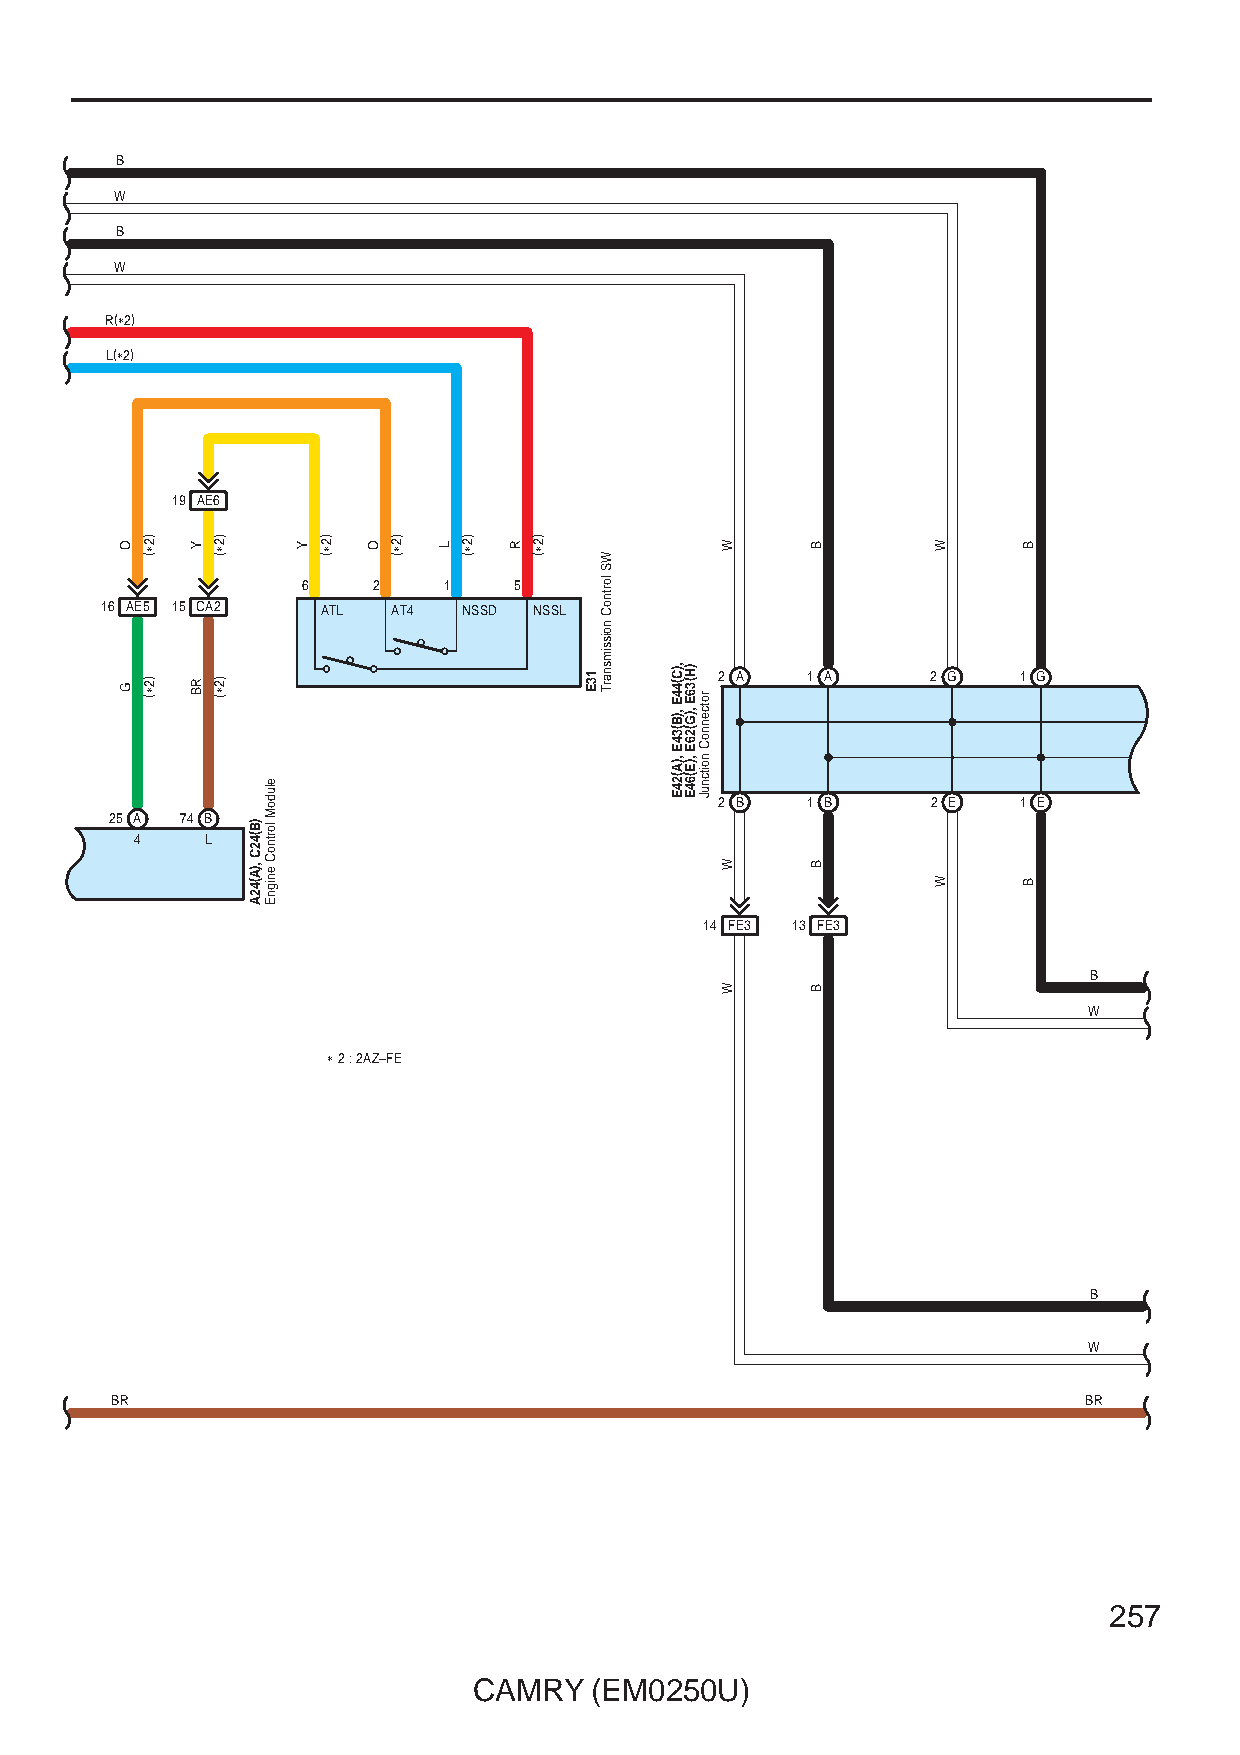
B
 W
 B
 W
 R(∗2)
 L(∗2)
 19 AE6
 6    2   1    5
 16 AE5 15 CA2 ATL  AT4  NSSD NSSL
 2 A  1 A      2 G  1 G
 2 B  1 B      2 E  1 E
 25 A 74 B
 4    L
 14 FE3 13 FE3
 B
 W
 ∗ 2 : 2AZ–FE
 B
 W
 BR                                                               BR
 257
 CAMRY   (EM0250U)
 O
 G
 )2∗(
 )2∗(
 Y
 RB
 )2∗(
 )2∗(
 )B(42C
 ,)A(42A
 eludoM
 lortnoC
 enignE
 Y )2∗( O )2∗( L )2∗( R )2∗(
 13E
 WS
 lortnoC
 noissimsnarT
 ,)C(44E
 ,)B(34E
 ,)A(24E
 )H(36E
 ,)G(26E
 ,)E(64E
 rotcennoC
 noitcnuJ
 W
 W
 W
 B
 B
 B
 W
 W
 B
 B